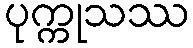
ပုက္ကုသဿ